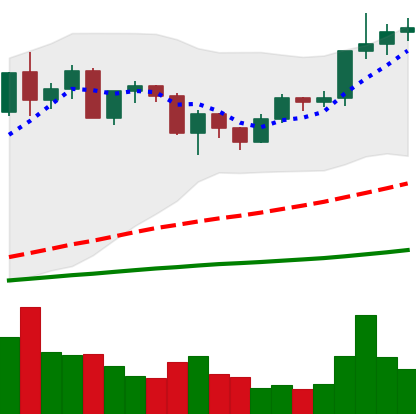
Ticker: ETH-USD
Chart end date: 2020-12-19
Forward return: -7.234%
Label: down_7plus